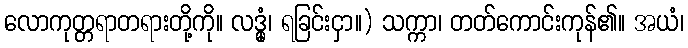
လောကုတ္တရာတရားတို့ကို။ လဒ္ဓုံ၊ ရခြင်းငှာ။) သက္ကာ၊ တတ်ကောင်းကုန်၏။ အယံ၊